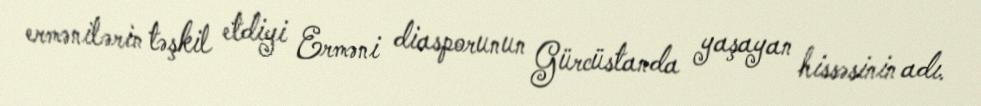
ermənilərin təşkil etdiyi Erməni diasporunun Gürcüstanda yaşayan hissəsinin adı.